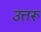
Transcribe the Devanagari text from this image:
उत्तरू